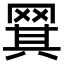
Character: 𬙡